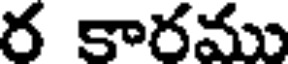
ర కారము